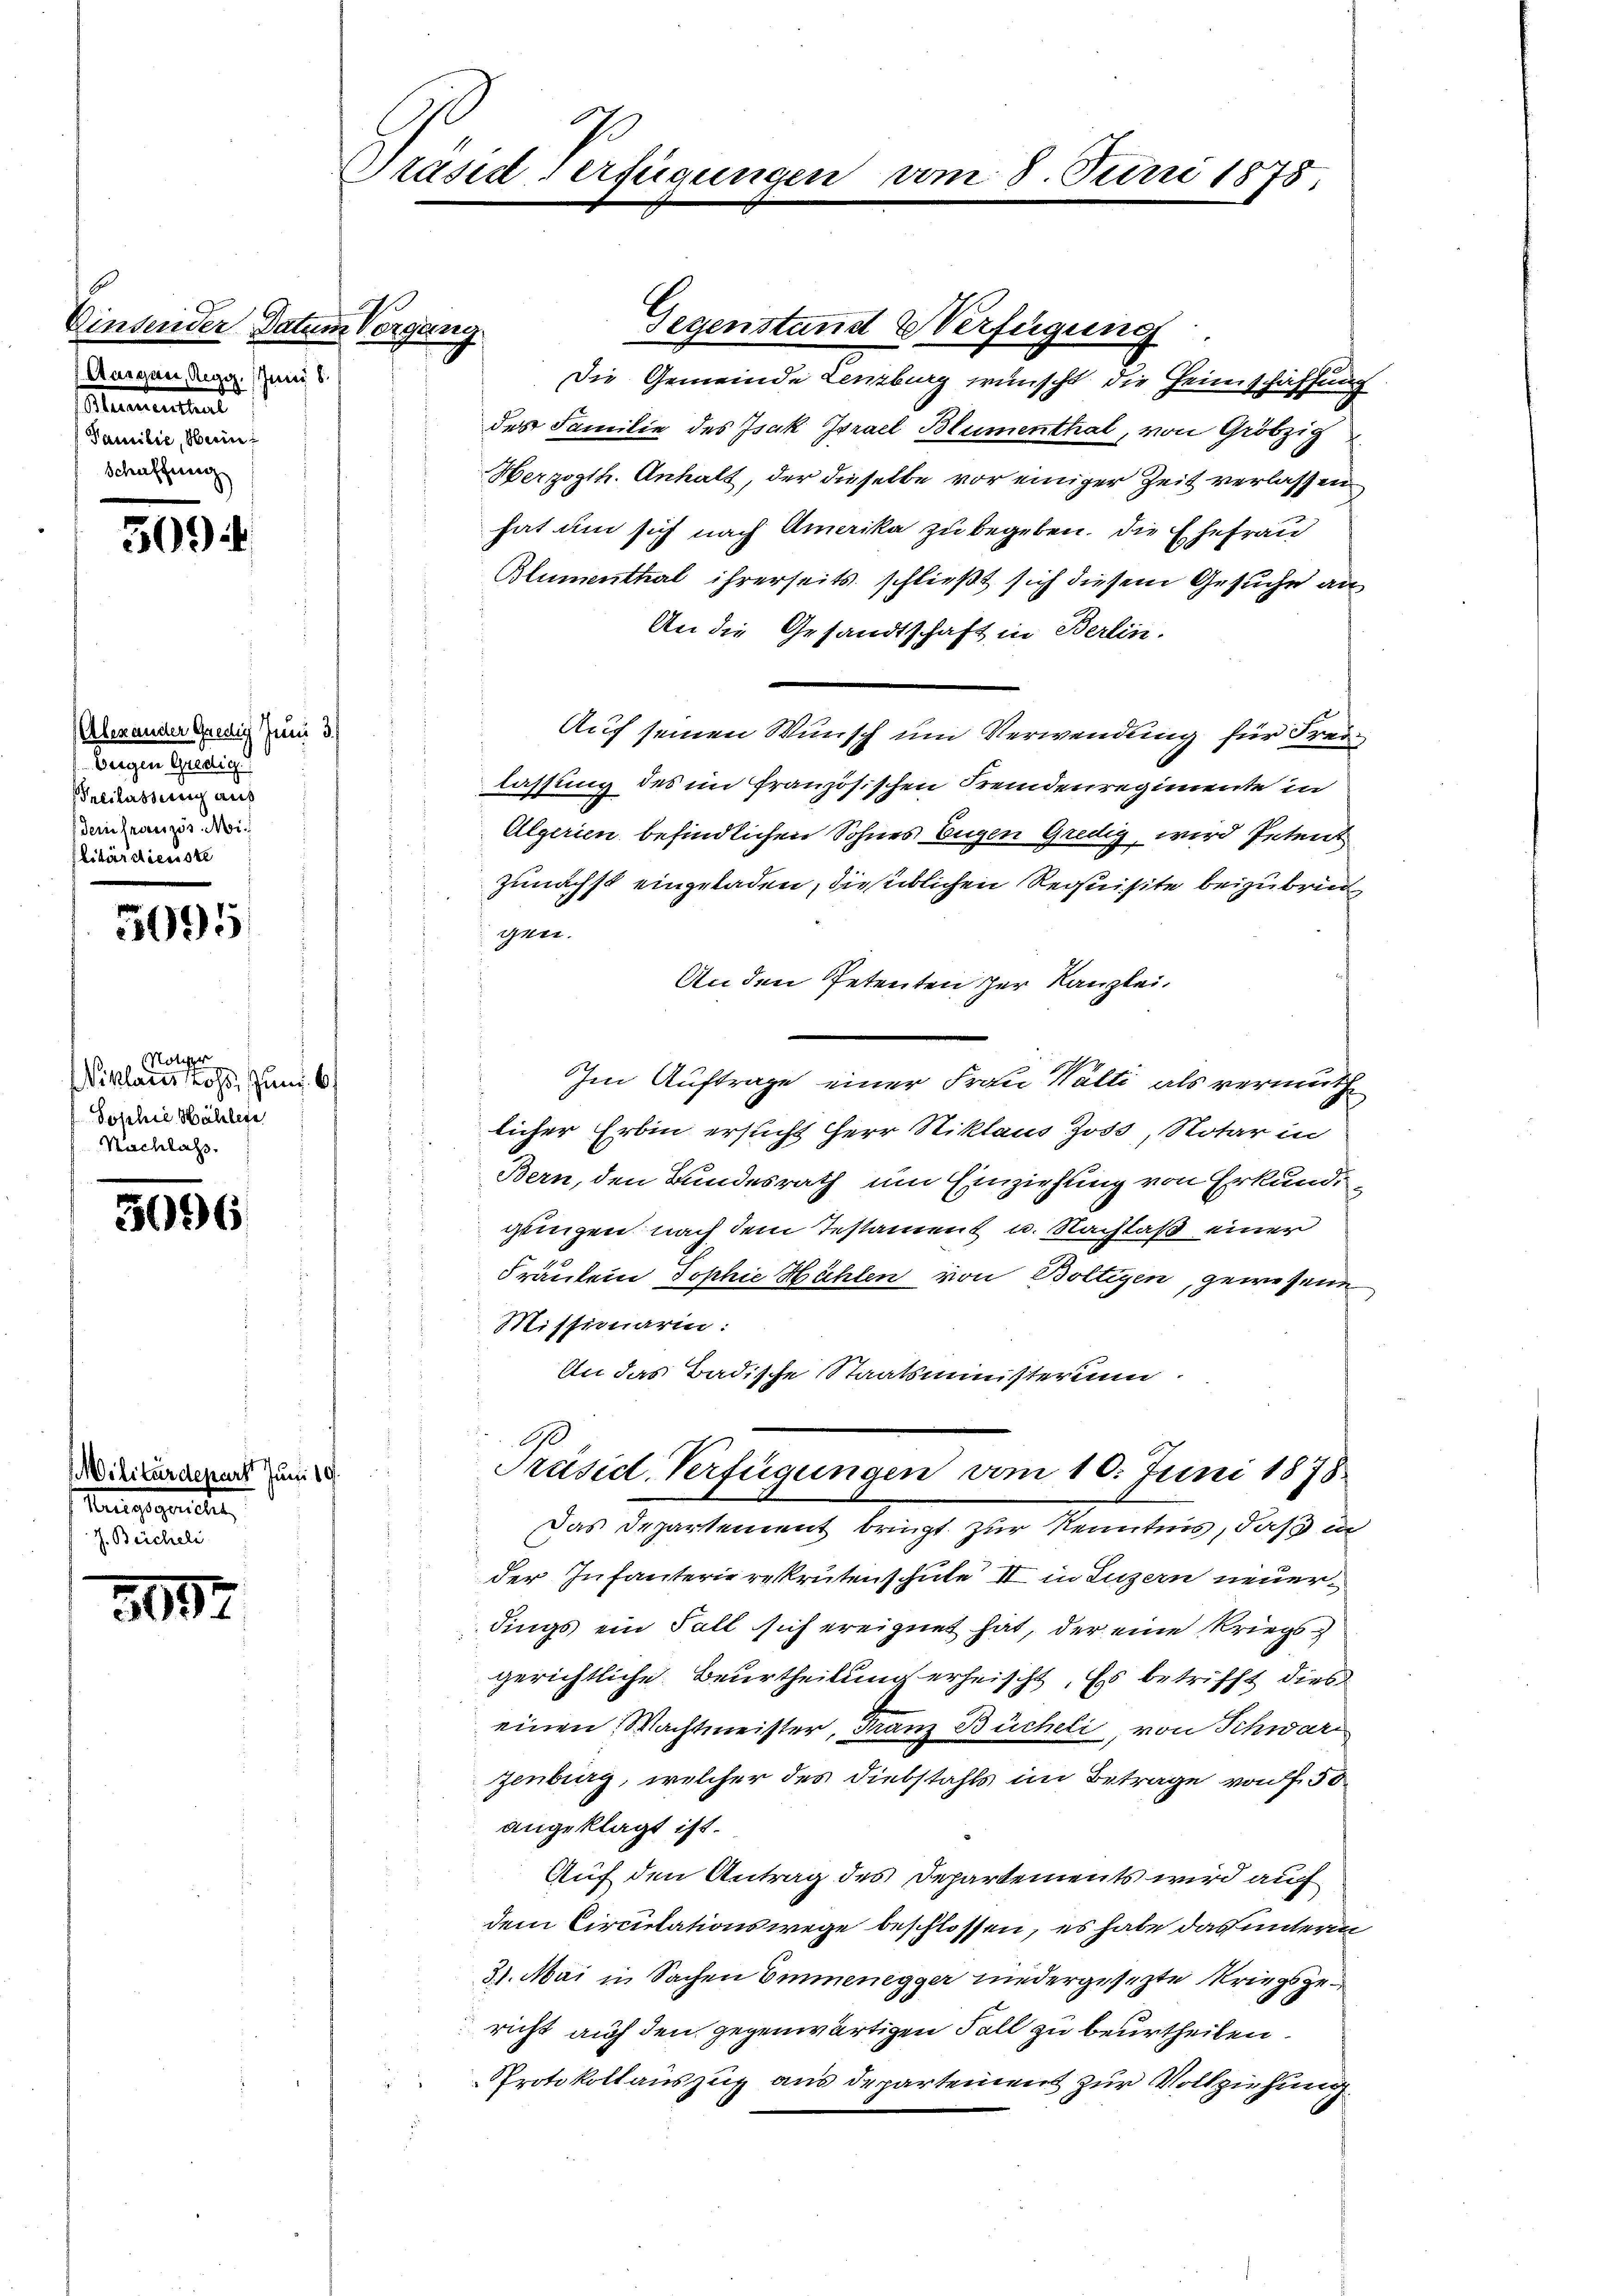
Einsender Datum Vergang.
Augen, Aegg. Juni 5.
Mementent
Samilie, Mein
Schaffung

509

(Alexander Gredig Juni 3.)
bergen Gredig
neilassung auf
dein französ. Ni
litärdienste

5095

Nolipper
Niklaus Lohs, Juni. 61
Sophie Höhlere
Nachlass.

2096

Militärdepart Juni 19
Mengesandten
J. Beicheli

3057

Präsiderfügungen

Gegenstand Verfügung

Juni 1878

Die Gemeinde Lenzburg wünscht die Heimschaffung
des Familie des Isak Israel Blumenthal, von Gröbzig
Herzogth. Anhalt, der dieselbe vor einiger Zeit verlassen
hat um sich nach Amerika zu begeben. Die Ehefrau
Blumenthal ihrerseits schließt sich diesem Gesuche an
An die Gesandtschaft in Berlin.
Auf seinen Wunsch um Verwendung für Freilassung des im französischen Fremdenregimente in
Algerien befindlichen Sohnes Eugen Gredig, wird Petent
Zunächst eingeladen, die üblichen Requisite beizubric
gner.
An den Petenten zur Kanzlei.
Im Auftrage einer Frau Walti als vermuth
s
licher Erbin ersucht Herr Niklaus Joss, Notar in
Bern, den Bundesrath um Einziehung von Erkundigungen nach dem Testament u. Nachlaß einer
Fräulein Tophie Hühlen von Boltigen, gewesene
Missionärin:
An das Badische Staatsministerium
10
Präsid. Verfügungen vom 10. Juni 1878
Das Departement bringt zur Kenntnis, daß in
der Infanterierekrutenschule II in Luzern neuerdings ein Fall sich ereignet hat, der eine Kriegsgerichtliche Beurtheilung erheischt. Es betrifft dies
einen Wachtmeister, Franz Bücheli, von Schwarz
zenburg, welcher des Diebstahls im Betrage von f. 50
angeklagt ist.
Auf den Antrag des Departements wird auf
dem Circulationswege beschlossen, es habe das unterm
31. Mai in Sachen Emmenegger niedergesezte Kriegsgericht auf den gegenwärtigen Fall zu beurtheilen.
Protokollauszug aus departement zur Vollziehung